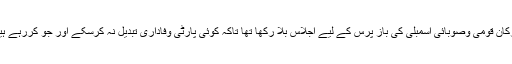
انہوں نے لاہور میں لیگی ارکان قومی وصوبائی اسمبلی کی باز پرس کے لیے اجلاس بلا رکھا تھا تاکہ کوئی پارٹی وفاداری تبدیل نہ کرسکے اور جو کررہے ہیں ان کا سدباب کیا جاسکے۔